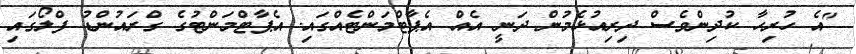
"އެ ހުރިހާ ކުދިންވެސް ދިރިއުޅެމުން ދަނީ އެއް އެޕާޓްމަންޓެއްގައި. އެޕާޓްމަންޓުގެ ގްރައުންޑު ފްލޯގައި